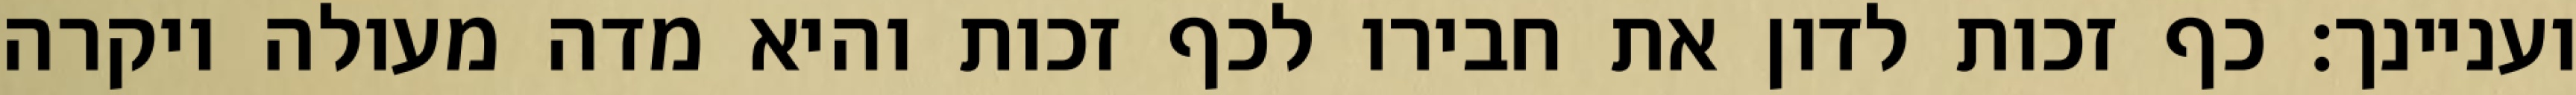
ועניינך: כף זכות לדון את חבירו לכף זכות והיא מדה מעולה ויקרה